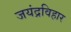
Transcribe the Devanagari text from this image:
जयंद्रविहार